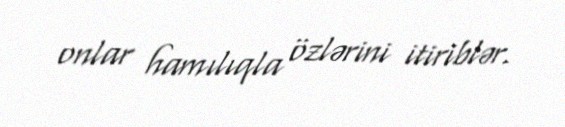
onlar hamılıqla özlərini itiriblər.